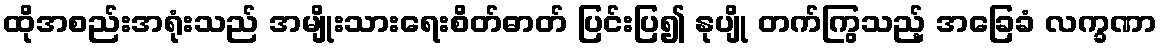
ထိုအစည်းအရုံးသည် အမျိုးသားရေးစိတ်ဓာတ် ပြင်းပြ၍ နုပျို တက်ကြွသည့် အခြေခံ လက္ခဏာ